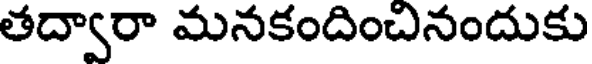
తద్వారా మనకందింబనందుకు